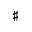
\sharp